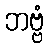
ဘဗ္ဗံ